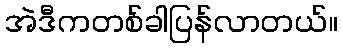
အဲဒီကတစ်ခါပြန်လာတယ်။